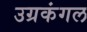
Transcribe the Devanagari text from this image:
उग्रकंगल